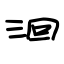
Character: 洄